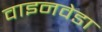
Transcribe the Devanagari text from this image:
वाइनवेडा